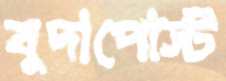
বুদাপোস্ট